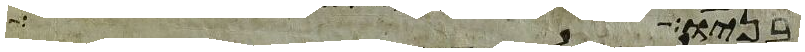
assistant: בניו למה